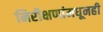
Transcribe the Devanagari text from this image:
निरीक्षणांमधूनही